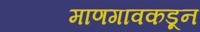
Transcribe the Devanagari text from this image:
माणगावकडून